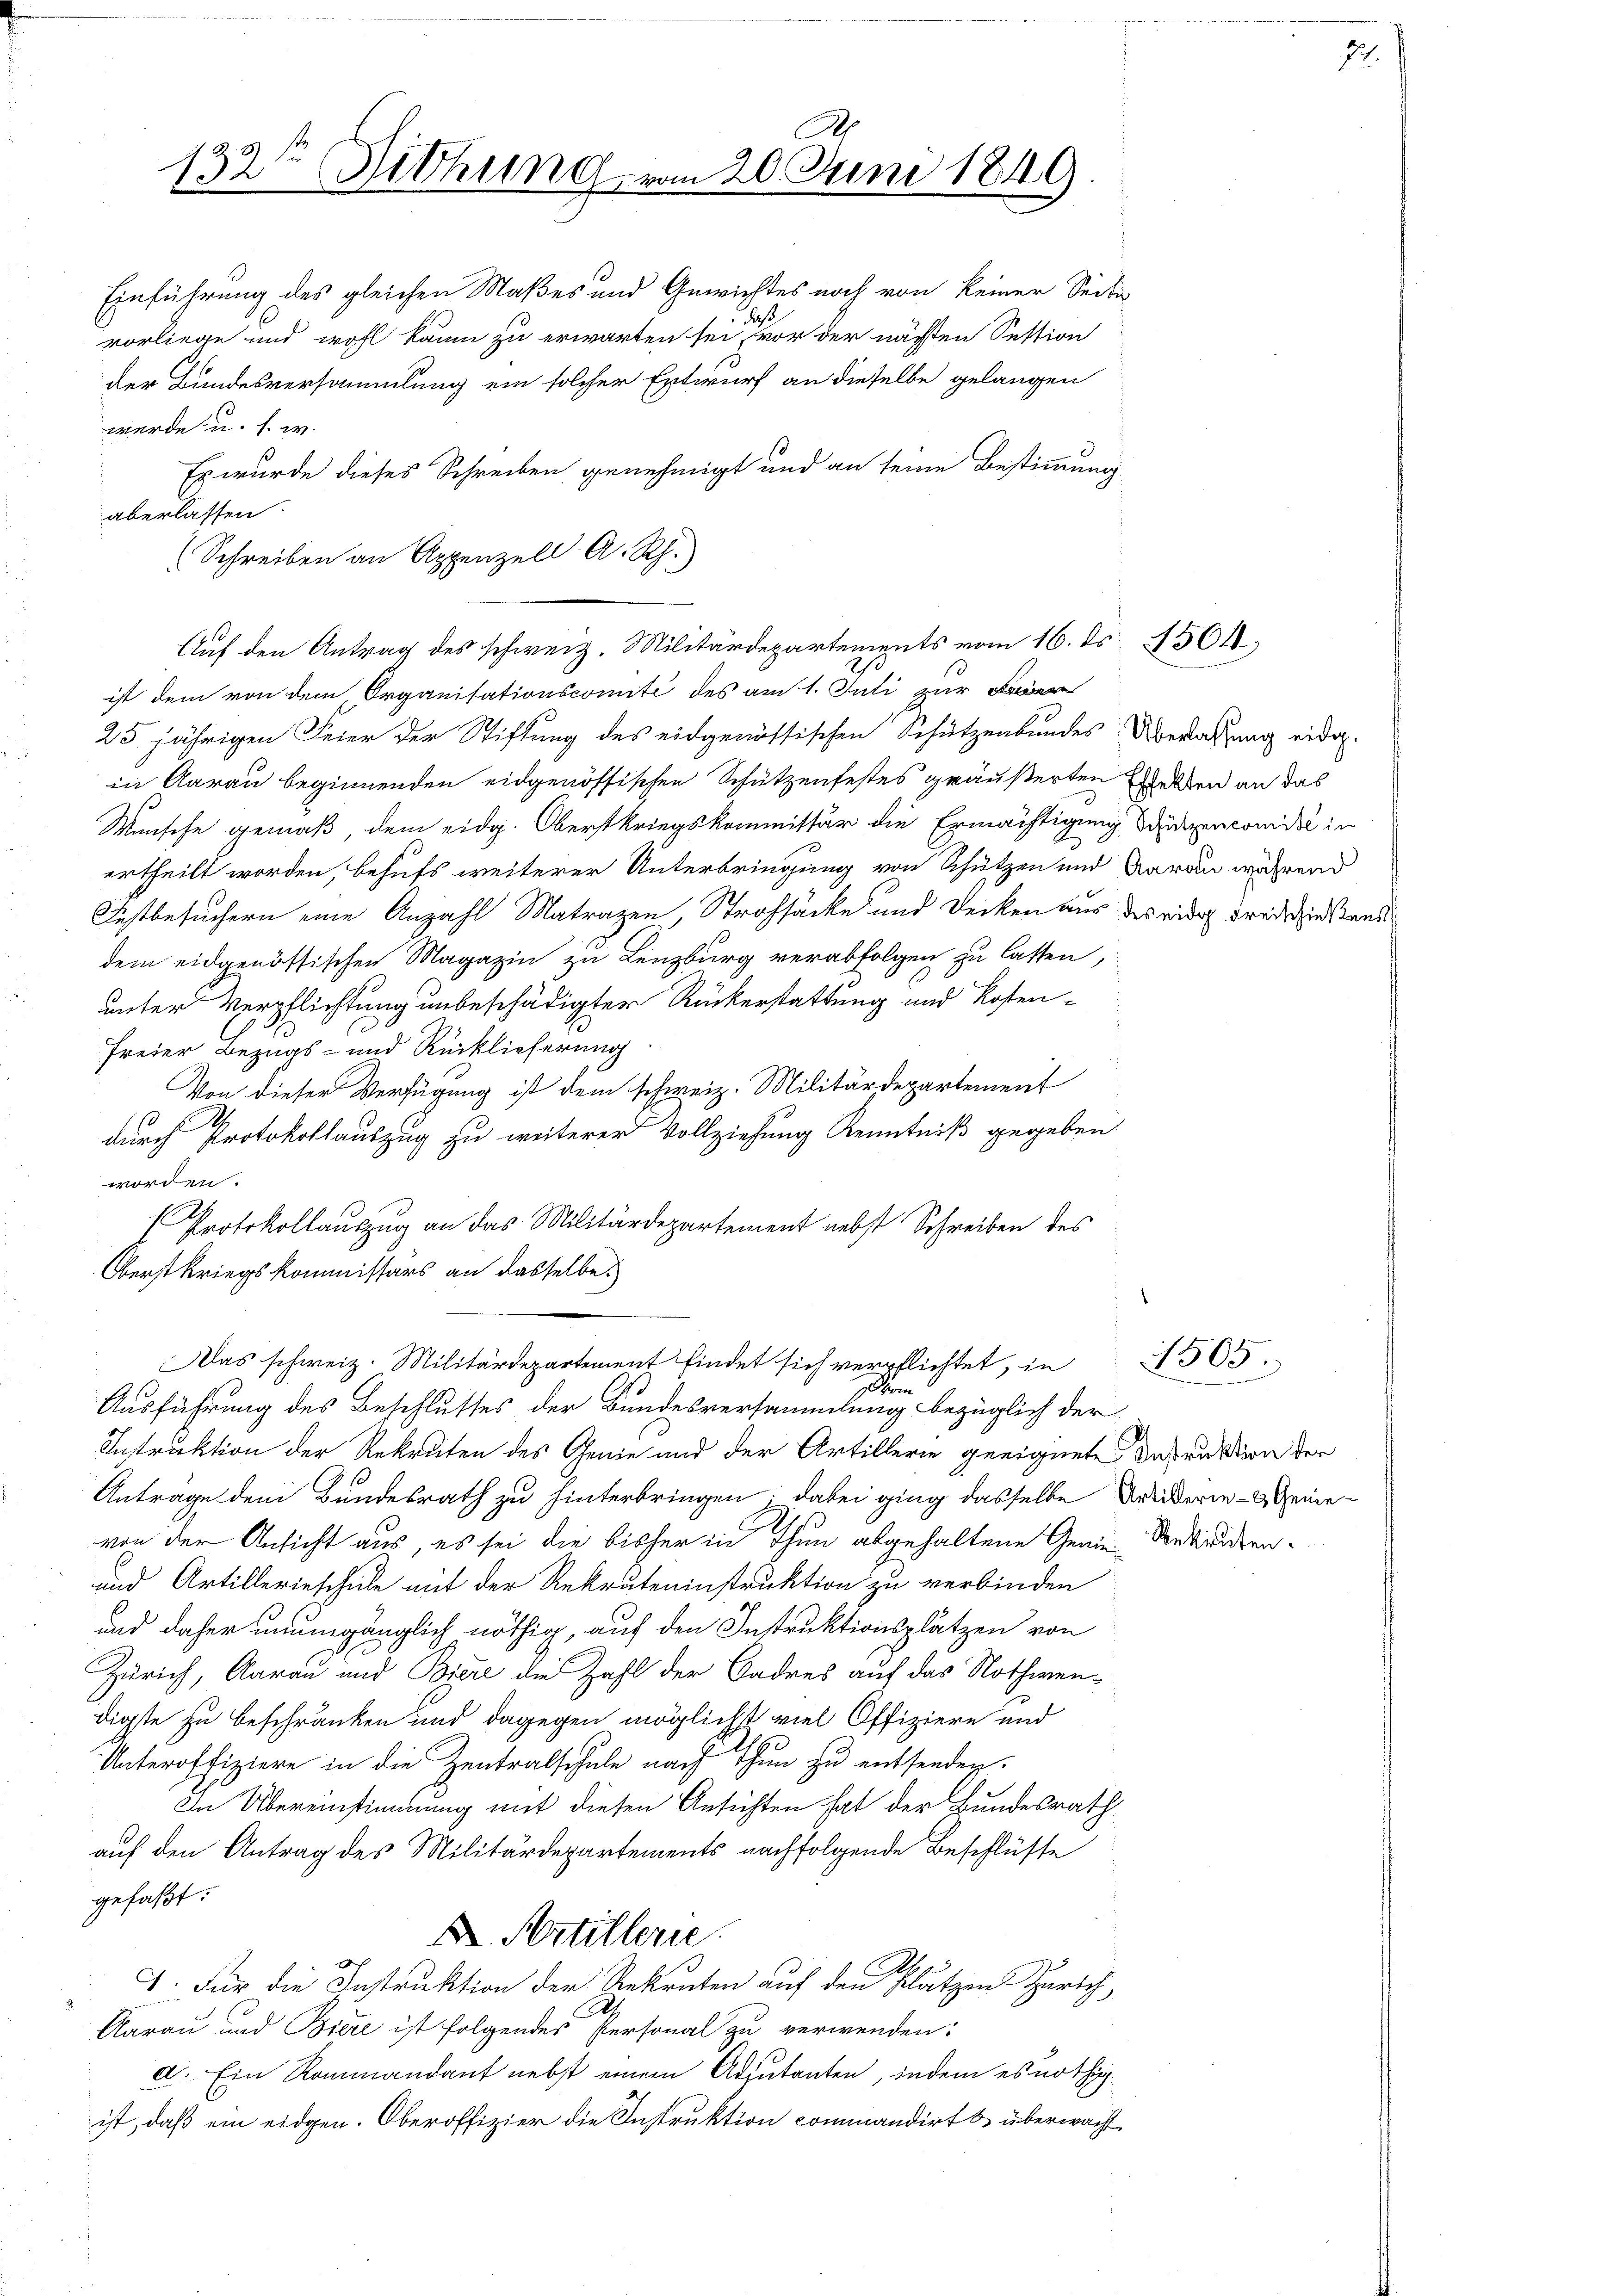
132te Sitzung.
d

10
Einführung des gleichen Maßes und Gewichtes noch von keiner Seite
B
vorliege und wohl kaum zu erwarten sei, vor der nächsten Session
der Bundesversammlung ein solcher Entwurf an dieselbe gelangen
werde u. s. w.
Es wurde dieses Schreiben genehmigt und an seine Bestimmung
aberlassen.
(Schreiben an Appenzell A. Rh.
ist dem von dem Organisationscomité des am 1. Juli zur Be
25 jährigen Feier der Stiftung des eidgenössischen Schützenbundes Überathung eidg.
in Aarau beginnenden eidgenössischen Schützenfestes geäußerten Bleiben an das
Wünsche gemäß, dem eidg. Oberstkriegskommissär die Ermächtigung Studiencomisi in
ertheilt worden, behufs weiterer Unterbringung von Schützen und Aarau während
Festbesuchern eine Anzahl Matrazen, Strohsäcke und Decken aus des ridor Freitschiedsaus
dem eidgenössischen Magazin zu Lenzburg verabfolgen zu lasten,
unter Verpflichtung unbeschädigter Rückerstattung und Kosten¬
Freier Bezugs- und Rücklieferung
Von dieser Verfügung ist dem schweiz. Militärdepartement
durch Protokollauszug zu weiterer Vollziehung Kenntniß gegeben
worden.
J.
 Protokollauszug an das Militärdepartement nebst Schreiben des
Oberstkriegskommissärs an dasselbe
Das schweiz. Militärdepartement findet sich verpflichtet, in
gherrn
Ausführung des Beschlusses der Bundesversammlung bezüglich der
Instruktion der Rekruten des Genie und der Artillerie geeignete Instruktion der
Antrage dem Bundesrath zu hinterbringen; dabei ging dasselbe Seiderie- & Heine
von der Ansicht aus, es sei die bisher in Thun abgehaltene Genie-Verdienten.
und Artillerieschule mit der Rekruteninstruktion zu verbinden
und daher unumgänglich nöthig, auf den Instruktionsplätzen von
Zürich, Aarau und Biere die Zahl der Badres auf das Nothwendigste zu beschränken und dagegen möglichst viel Offiziere und
Unteroffiziere in die Zentralschule nach Thun zu entsenden.
In Übereinstimmung mit diesen Ansichten hat der Bundesrath
auf den Antrag des Militärdepartements nachfolgende Beschlüsse
gefaßt:
. Artillerie
I. Für die Instruktion der Rekruten auf den Plätzen Zürich,
Aarau und Biere ist folgendes Personal zu verwenden:
a. Ein Rommandant nebst einem Adjutanten, indem es nöthigist, daß ein eidgen. Oberoffizier die Instruktion commandirt & überwacht

h
vom 20. Juni 1849

Auf den Antrag des schweiz. Militärdepartements vom 16. ds. 1501,

505.

2.